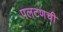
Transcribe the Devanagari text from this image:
पलटणची